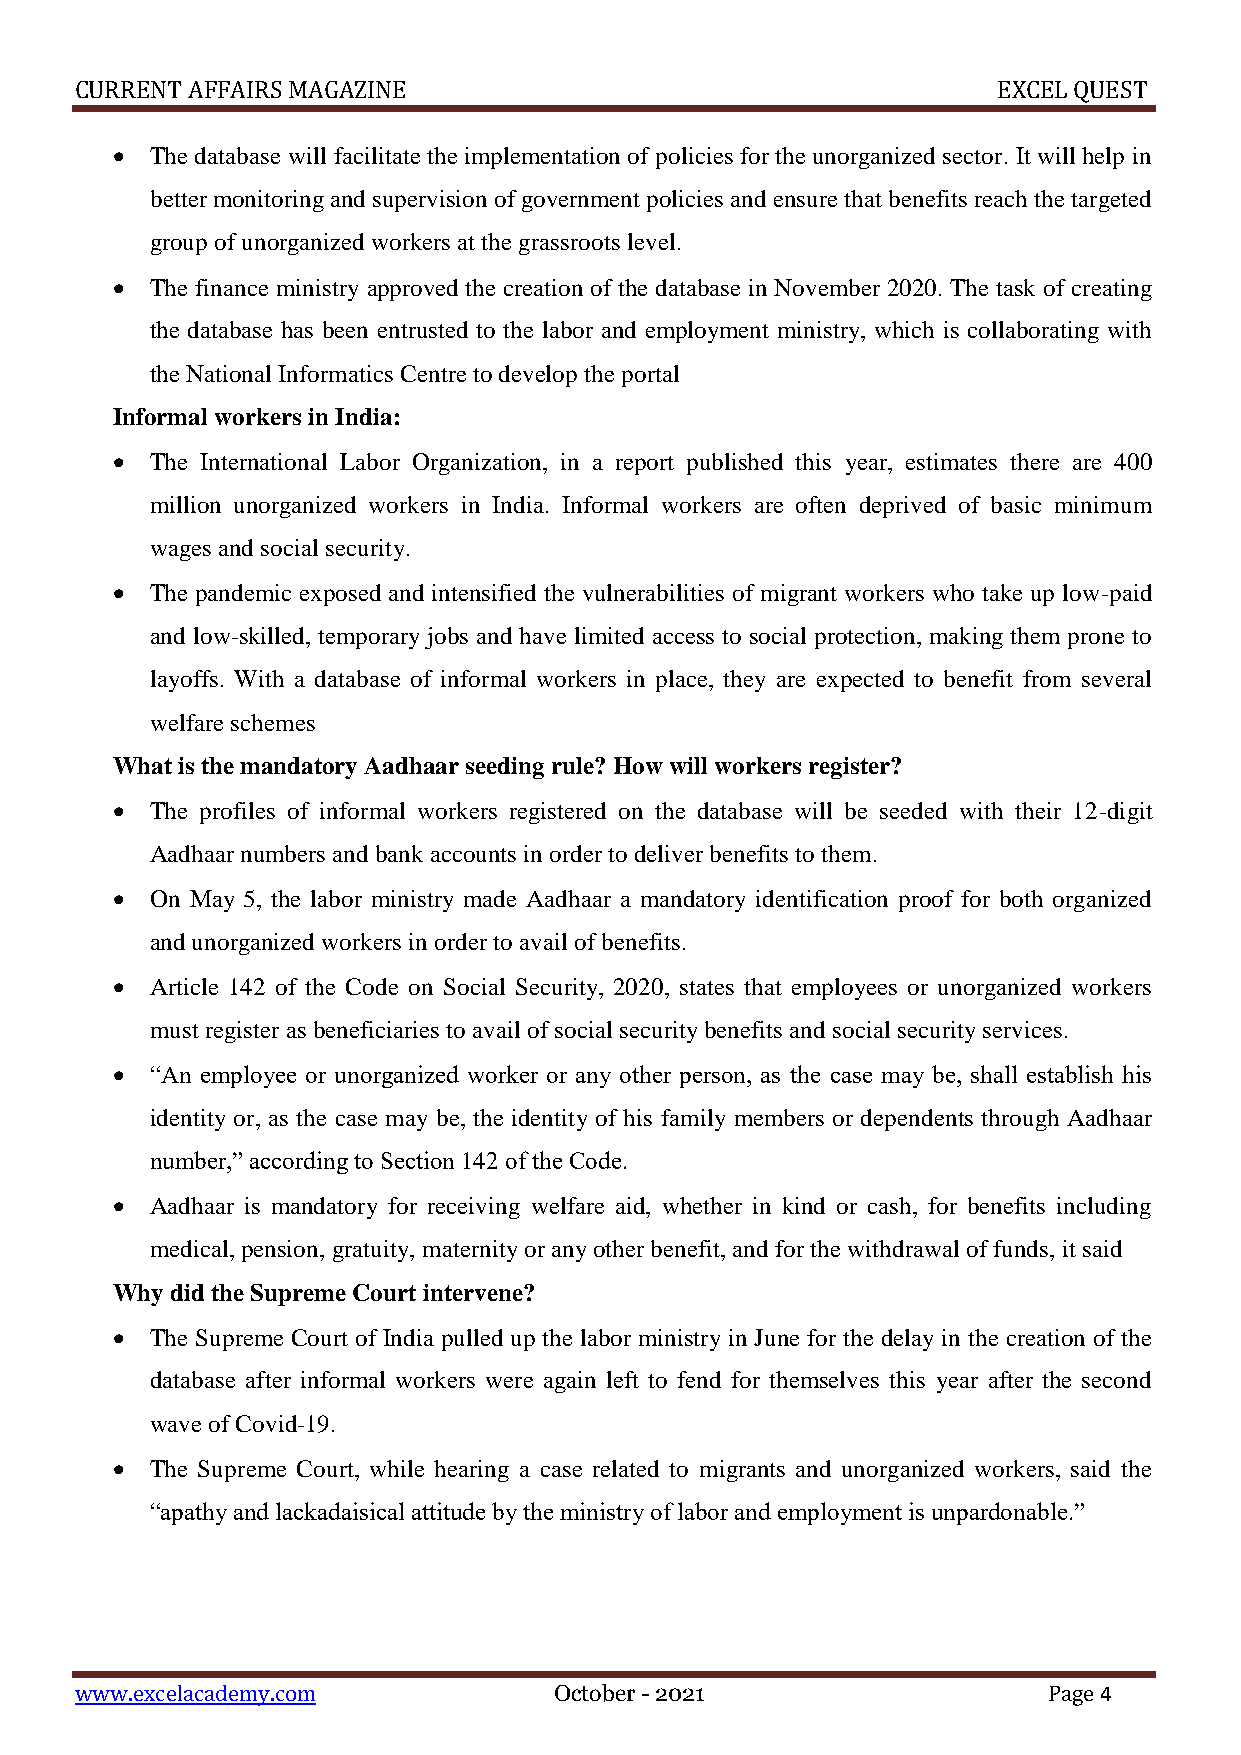
CURRENT AFFAIRS MAGAZINE                                     EXCEL QUEST
   The database will facilitate the implementation of policies for the unorganized sector. It will help in
 better monitoring and supervision of government policies and ensure that benefits reach the targeted
 group of unorganized workers at the grassroots level.
   The finance ministry approved the creation of the database in November 2020. The task of creating
 the database has been entrusted to the labor and employment ministry, which is collaborating with
 the National Informatics Centre to develop the portal
 Informal workers in India:
   The International Labor Organization, in a report published this year, estimates there are 400
 million unorganized workers in India. Informal workers are often deprived of basic minimum
 wages and social security.
   The pandemic exposed and intensified the vulnerabilities of migrant workers who take up low-paid
 and low-skilled, temporary jobs and have limited access to social protection, making them prone to
 layoffs. With a database of informal workers in place, they are expected to benefit from several
 welfare schemes
 What is the mandatory Aadhaar seeding rule? How will workers register?
   The profiles of informal workers registered on the database will be seeded with their 12-digit
 Aadhaar numbers and bank accounts in order to deliver benefits to them.
   On May 5, the labor ministry made Aadhaar a mandatory identification proof for both organized
 and unorganized workers in order to avail of benefits.
   Article 142 of the Code on Social Security, 2020, states that employees or unorganized workers
 must register as beneficiaries to avail of social security benefits and social security services.
   “An employee or unorganized worker or any other person, as the case may be, shall establish his
 identity or, as the case may be, the identity of his family members or dependents through Aadhaar
 number,” according to Section 142 of the Code.
   Aadhaar is mandatory for receiving welfare aid, whether in kind or cash, for benefits including
 medical, pension, gratuity, maternity or any other benefit, and for the withdrawal of funds, it said
 Why did the Supreme Court intervene?
   The Supreme Court of India pulled up the labor ministry in June for the delay in the creation of the
 database after informal workers were again left to fend for themselves this year after the second
 wave of Covid-19.
   The Supreme Court, while hearing a case related to migrants and unorganized workers, said the
 “apathy and lackadaisical attitude by the ministry of labor and employment is unpardonable.”
 www.excelacademy.com            October - 2021                  Page 4